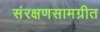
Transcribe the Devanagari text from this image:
संरक्षणसामग्रीत